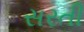
સરતી